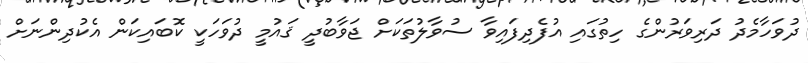
ދުވަހާމެދު ދަރިވަރުންގެ ހިތުގައި އުފެދިފައިވާ ސުވާލުތަަކަށް ޖަވާބުދީ ޤައުމީ ދުވަހަކީ ކޮބައިކަން އެކުދިންނަށް